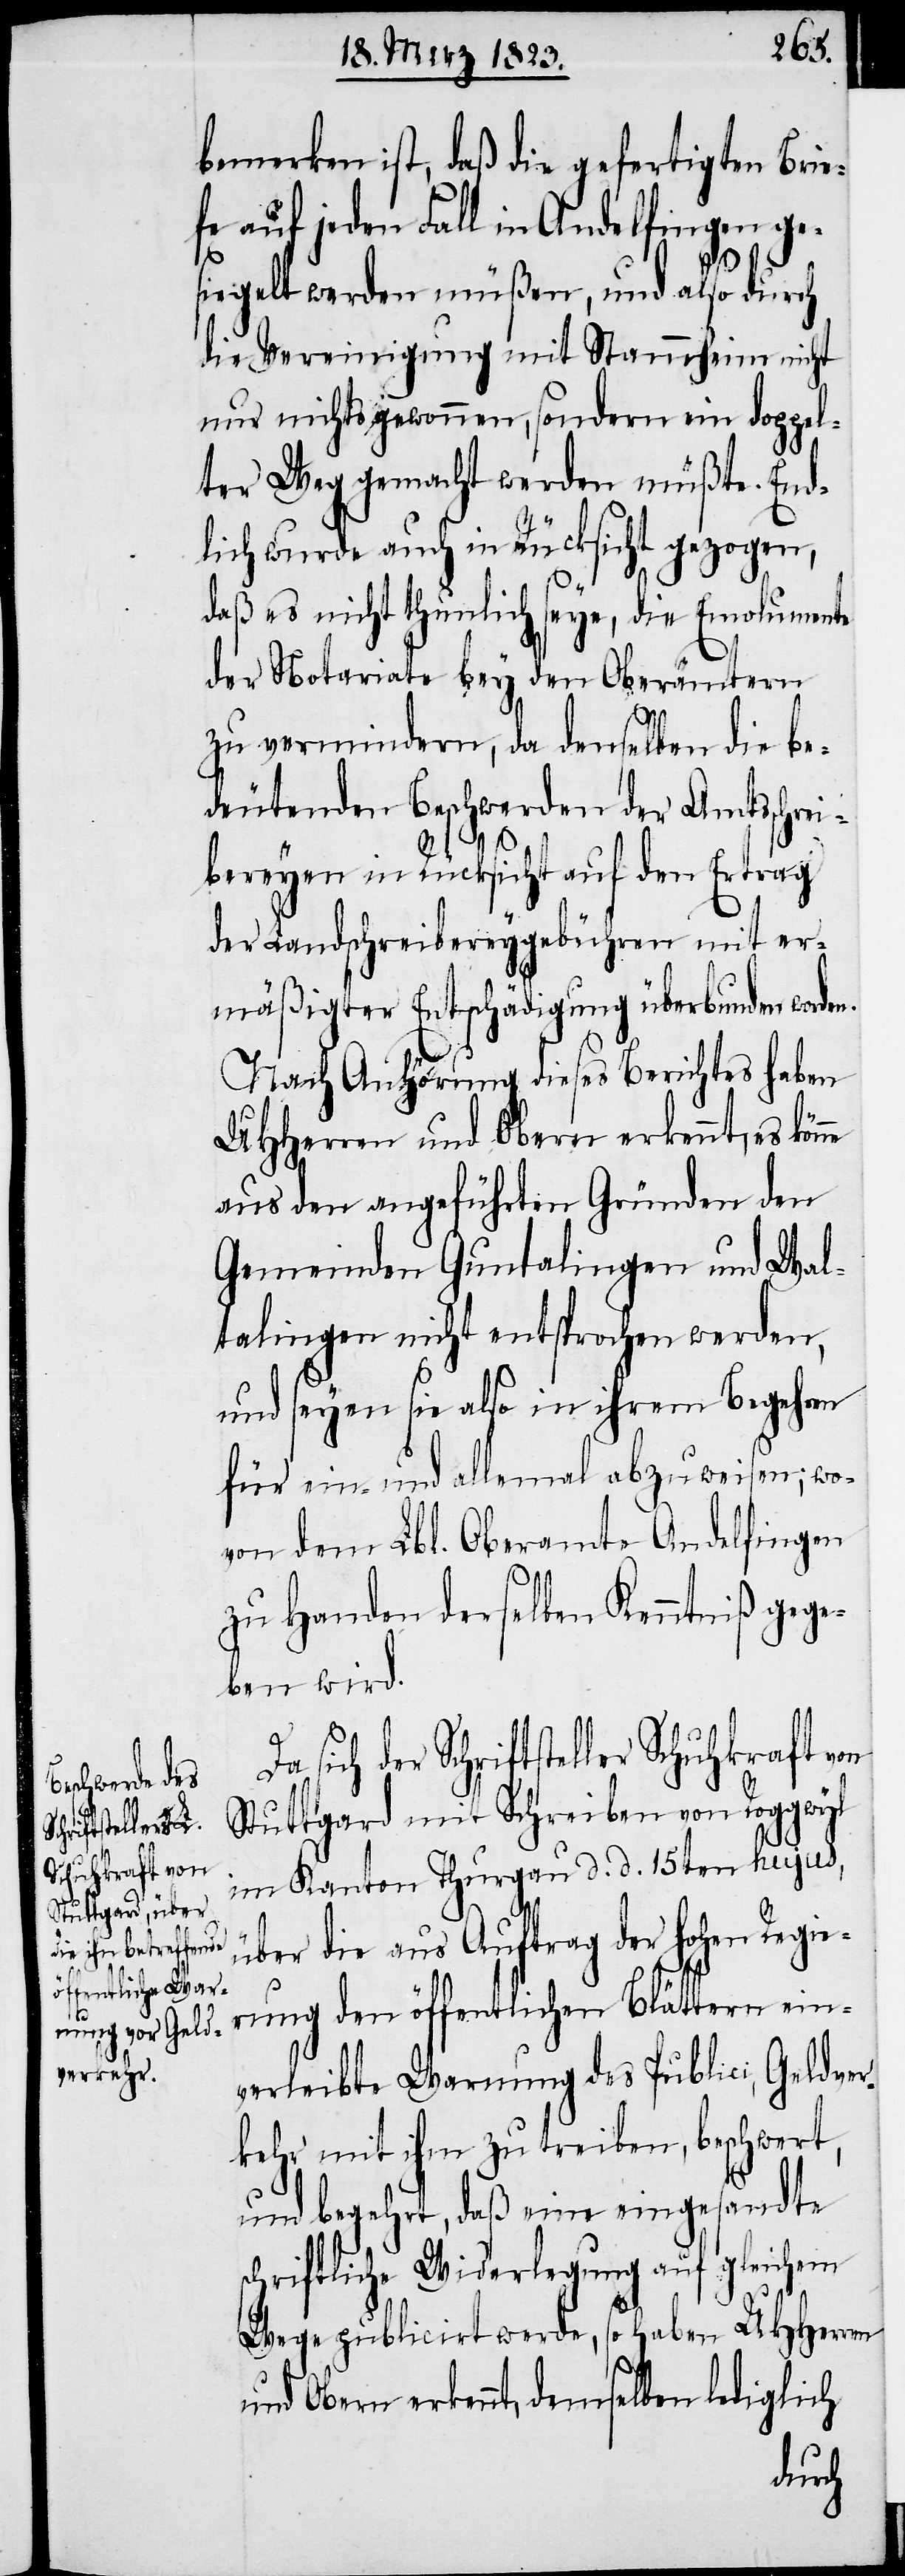
bemerken ist, daß die gefertigten Brie¬
fe auf jeden Fall in Andelfingen ge¬
ne
siegelt werden müßen, und also durch
die Vereinigung mit Stammheim nicht
nur nichts gewonnen, sondern ein doppel¬
ter Weg gemacht werden müßte. End¬
lich wurde auch in Rücksicht gezogen,
daß es nicht thunlich seye, die Emolumente
der Notariate bey den Oberämtern
zu vermindern, da denselben die be¬
deutenden Beschwerden der Amtsschrei¬
bereyen in Rücksicht auf den Ertrag
der Landschreibereygebühren mit er¬
mäßigter Entschädigung überbunden worde¬
Nach Anhörung dieses Berichtes haben
UHHerren und Obern erkennt, es kön¬
aus den angeführten Gründen den
Gemeinden Guntalingen und Wal¬
talingen nicht entsprochen werden,
und seyen sie also in ihrem Begehren
für ein- und allemal abzuweisen; wo¬
von dem Lbl. Oberamte Andelfingen
zu Handen derselben Kenntniß gege¬
ben wird.
Da sich der Schriftsteller Schuhkraft von
Stuttgard mit Schreiben von Roggwyl
im Kanton Thurgau d. d. 15ten hujus,
über die aus Auftrag der hohen Regie¬
rung den öffentlichen Blättern ein¬
verleibte Warnung des Publici, Geldver¬
kehr mit ihm zu treiben, beschwert,
und begehrt, daß eine eingesandte
schriftliche Widerlegung auf gleichem
Wege publicirt werde, so haben UHHerren
und Obern erkennt, demselben lediglich